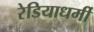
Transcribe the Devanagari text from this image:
रेडियाधर्मी